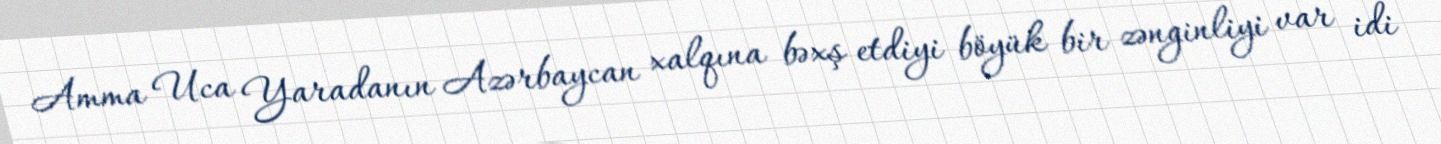
Amma Uca Yaradanın Azərbaycan xalqına bəxş etdiyi böyük bir zənginliyi var idi